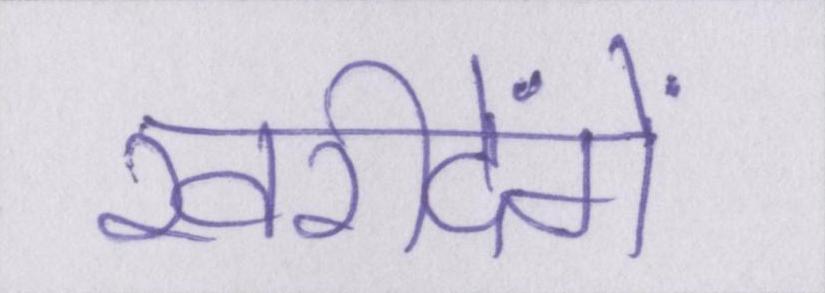
खरीदेंगे